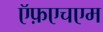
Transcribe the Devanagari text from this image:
ऍफ़एचएम